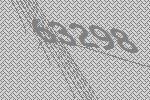
63298